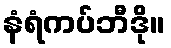
နံရံကပ်ဘီဒို။